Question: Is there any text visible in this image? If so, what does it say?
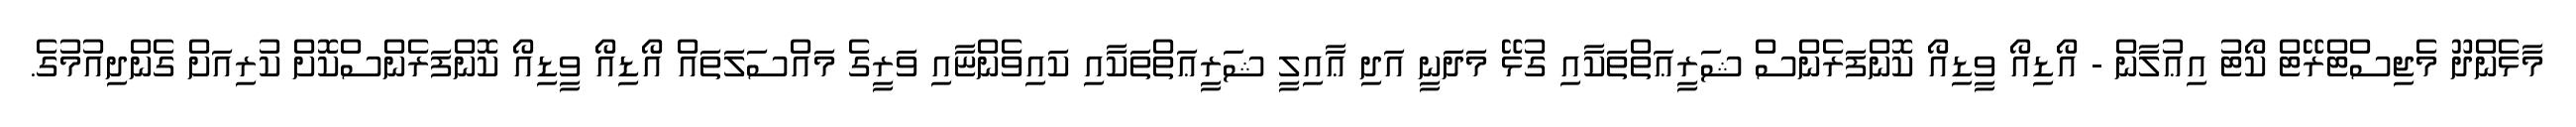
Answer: މާޅެންދޫ މެޖިސްޓްރޭޓް ކޯޓު އިޢުލާން - އޯޑިއޯ ވީޑިއޯ ކޮންފަރެންސް ޝަރީޢަތްތަކާއި ގުޅޭ މަދަނީ އަދި ޢާއިލީ ޝަރީޢަތްތަކާއި ކައިވެންޏާއި ވަރީގެ މައްސަލަތައް އޯޑިއޯ ވީޑިއޯ ކޮންފަރެންސްކޮށް ކުރިއަށް ގެންދިއުމުގެ.